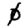
Digit: 0